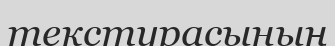
текстурасының